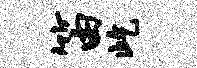
笛屹